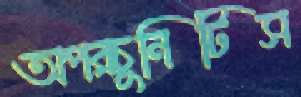
অপরচুনিটিস